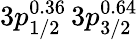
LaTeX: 3p_{1/2}^{0.36}\, 3p_{3/2}^{0.64}